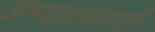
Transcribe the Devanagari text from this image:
अभ्याक्रमासाठी